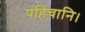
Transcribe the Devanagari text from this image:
पहिचानि।